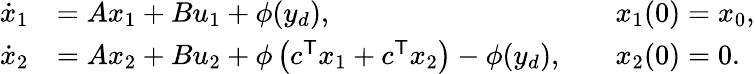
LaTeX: {\begin{array}{rlrl}{{\dot{x}}_{1}}&{=Ax_{1}+Bu_{1}+\phi(y_{d}),}&&{x_{1}(0)=x_{0},}\\ {{\dot{x}}_{2}}&{=Ax_{2}+Bu_{2}+\phi\left(c^{\mathsf{T}}x_{1}+c^{\mathsf{T}}x_{2}\right)-\phi(y_{d}),}&&{x_{2}(0)=0.}\end{array}}